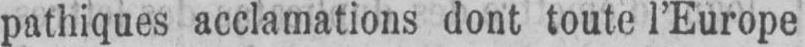
pathiques acclamations dont toute l’Europe